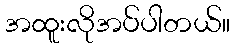
အထူးလိုအပ်ပါတယ်။